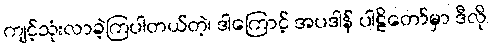
ကျင့်သုံးလာခဲ့ကြပါတယ်တဲ့၊ ဒါကြောင့် အပဒါန် ပါဠိတော်မှာ ဒီလို